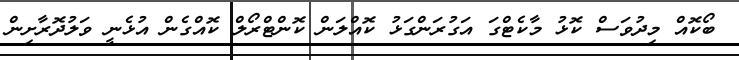
ބޯކޮއް މިދުވަސް ކޮޅު މާކެޓްގަ އަގުރަންގަޅު ކޮއްލަން ކޮންޓްރޯލް ކޮއްގެން އުޅެނީ ވަލުދޮރާށިން